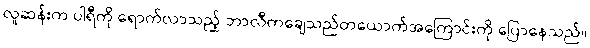
လူဆန်းက ပါရီကို ရောက်လာသည့် ဘာလီကချေသည်တယောက်အကြောင်းကို ပြောနေသည်။